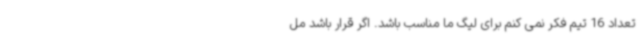
تعداد 16 تیم فکر نمی کنم برای لیگ ما مناسب باشد. اگر قرار باشد مل